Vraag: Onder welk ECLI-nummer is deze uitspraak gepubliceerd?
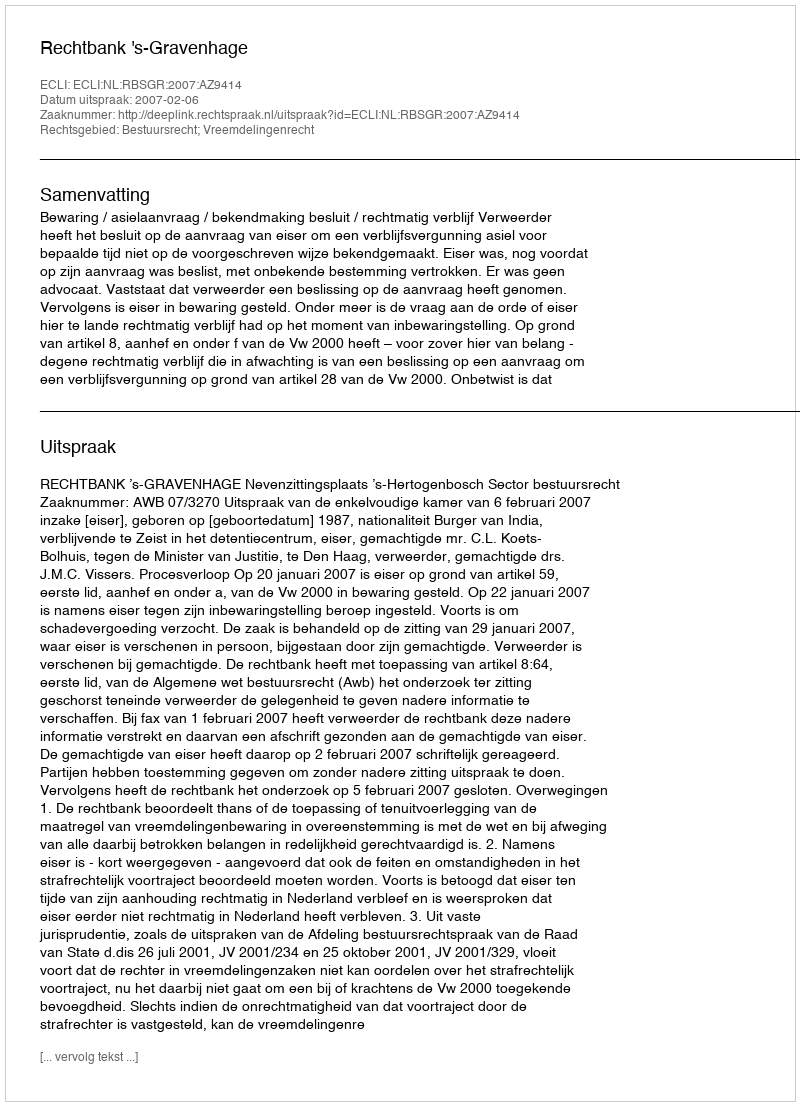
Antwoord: ECLI:NL:RBSGR:2007:AZ9414